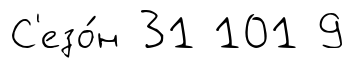
С'езо́н 31 101 9